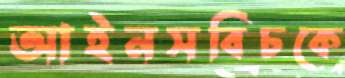
আইনসবিচকে